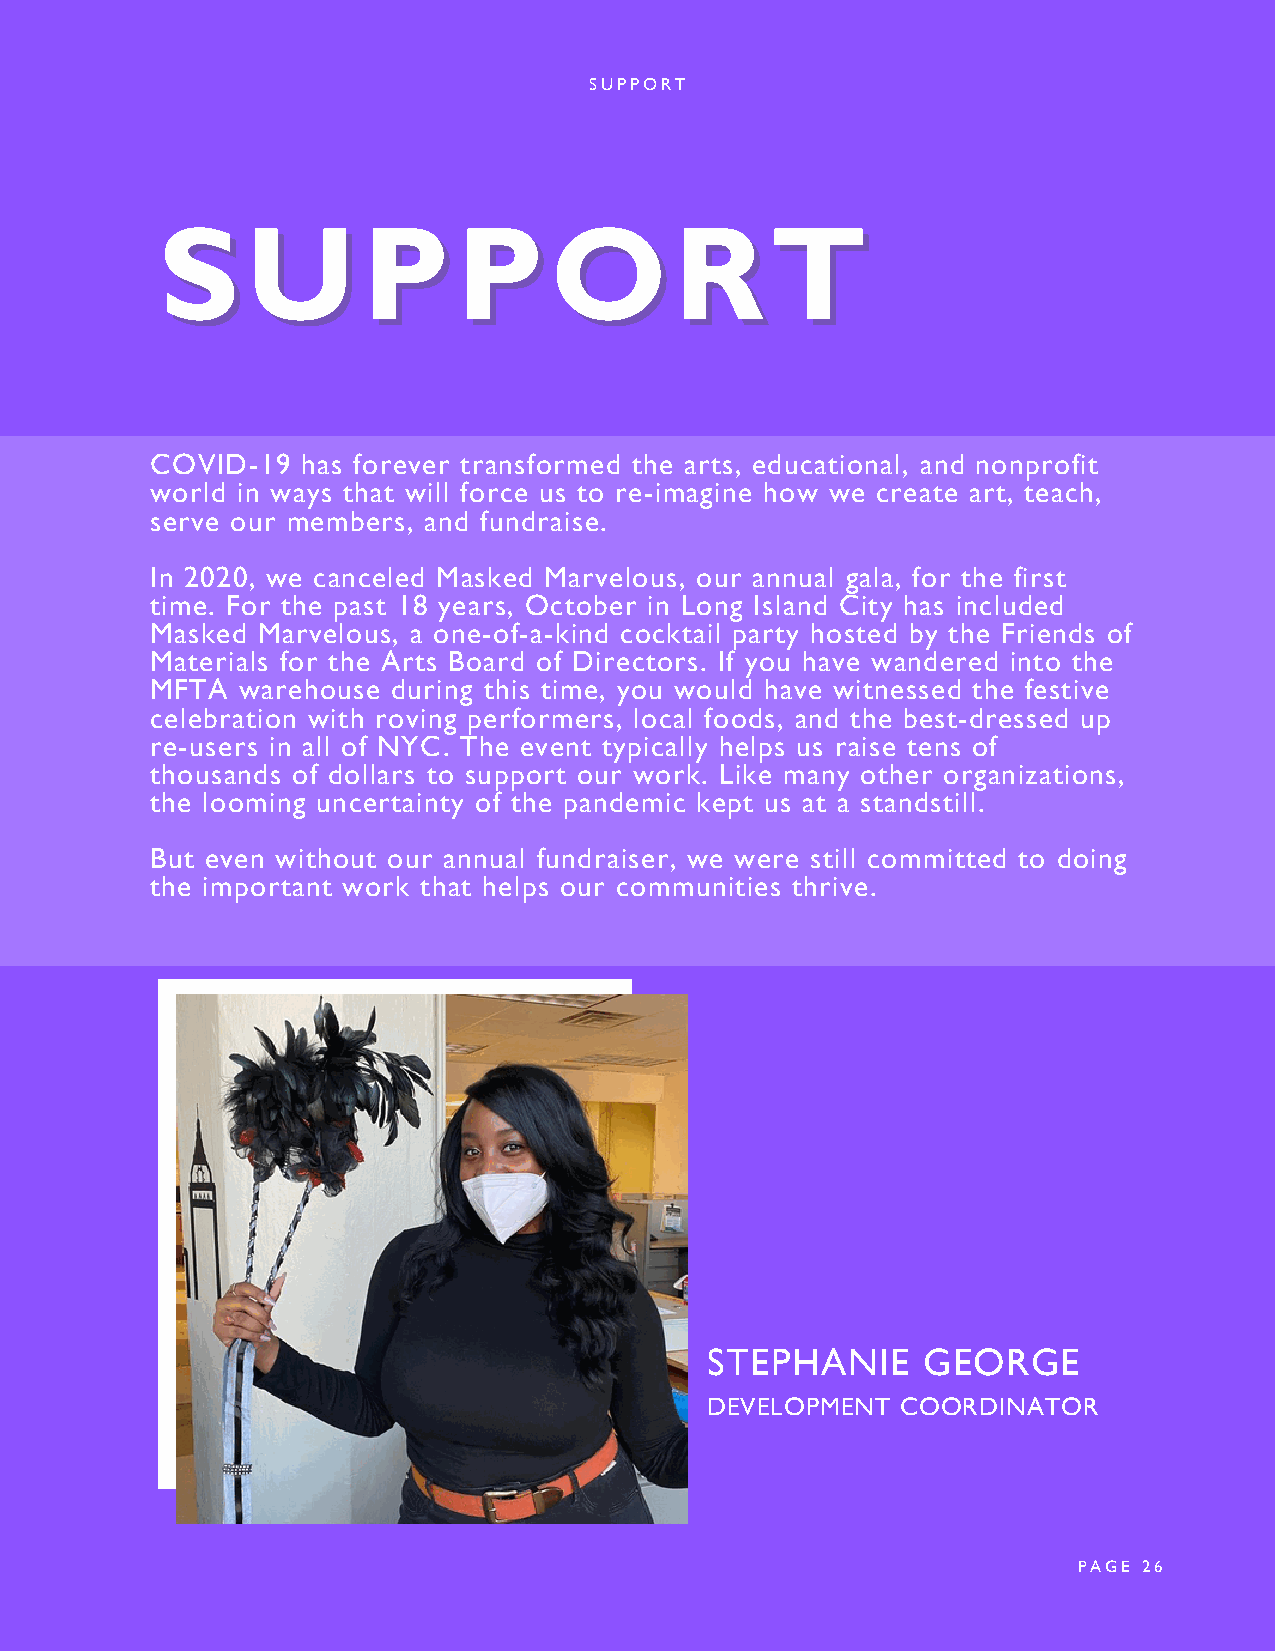
SUPPORT
 SSUUPPPPOORRTT
 COVID-19  has forever transformed the arts, educational, and nonprofit
 world in ways that will force us to re-imagine how we create art, teach,
 serve our members, and fundraise.
 In 2020, we canceled Masked Marvelous, our annual gala, for the first
 time. For the past 18 years, October in Long Island City has included
 Masked Marvelous, a one-of-a-kind cocktail party hosted by the Friends of
 Materials for the Arts Board of Directors. If you have wandered into the
 MFTA  warehouse during this time, you would have witnessed the festive
 celebration with roving performers, local foods, and the best-dressed up
 re-users in all of NYC. The event typically helps us raise tens of
 thousands of dollars to support our work. Like many other organizations,
 the looming uncertainty of the pandemic kept us at a standstill.
 But even without our annual fundraiser, we were still committed to doing
 the important work that helps our communities thrive.
 STEPHANIE     GEORGE
 DEVELOPMENT  COORDINATOR
 PAGE 26